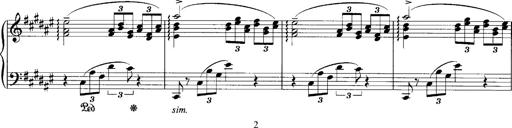
Title: klavierstÃ¼ck
Composer: Matias Ekert